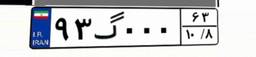
۹۳گ۰۰۰۶۳